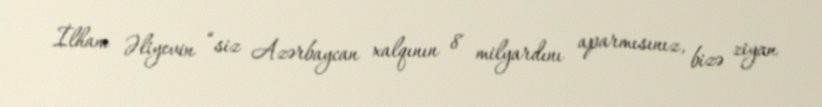
İlham Əliyevin “siz Azərbaycan xalqının 8 milyardını aparmısınız, bizə ziyan